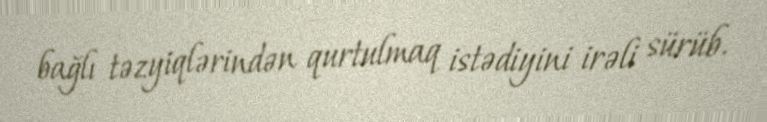
bağlı təzyiqlərindən qurtulmaq istədiyini irəli sürüb.